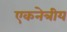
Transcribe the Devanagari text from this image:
एकनेत्रीय